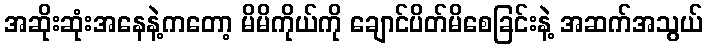
အဆိုးဆုံးအနေနဲ့ကတော့ မိမိကိုယ်ကို ချောင်ပိတ်မိစေခြင်းနဲ့ အဆက်အသွယ်